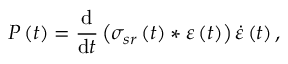
P \left( t \right) = \frac { \mathrm { d } } { \mathrm { d } t } \left( \sigma _ { s r } \left( t \right) \ast \varepsilon \left( t \right) \right) \dot { \varepsilon } \left( t \right) ,